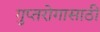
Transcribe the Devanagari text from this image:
गुप्तरोगासाठी